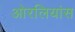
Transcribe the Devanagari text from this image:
ओरलियांस